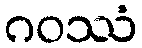
ဂဝဿံ